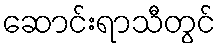
ဆောင်းရာသီတွင်